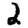
Digit: 2